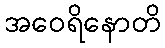
အဝေရိနောတိ